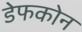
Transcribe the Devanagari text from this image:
डेफकोन